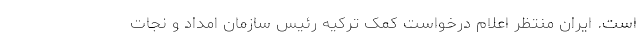
است. ایران منتظر اعلام درخواست کمک ترکیه رئیس سازمان امداد و نجات